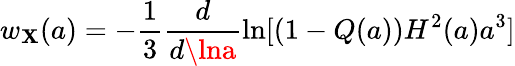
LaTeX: w_{\mathbf{X}}(a)=-\frac{{1}}{{3}}\frac{{d}}{{d\lna}}\ln[(1-Q(a))H^{2}(a)a^{3}]